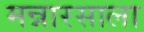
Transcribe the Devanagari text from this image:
मन्नारसाला